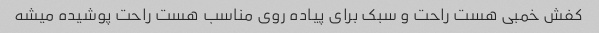
کفش خمبی هست راحت و سبک برای پیاده روی مناسب هست راحت پوشیده میشه